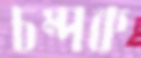
চম্পক